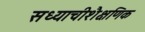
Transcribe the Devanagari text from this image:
सध्याचीशैक्षणिक